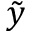
\tilde { y }